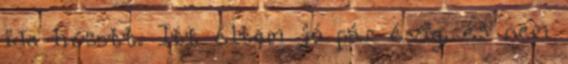
ide húzott. Itt éltem jó pár évig, és nem